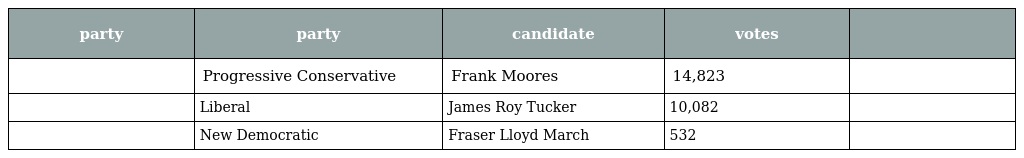
| party | party | candidate | votes |  |
 | --- | --- | --- | --- | --- |
 |  | Progressive Conservative | Frank Moores | 14,823 |  |
 |  | Liberal | James Roy Tucker | 10,082 |  |
 |  | New Democratic | Fraser Lloyd March | 532 |  |